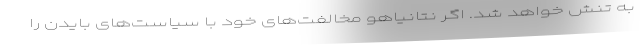
به تنش خواهد شد. اگر نتانیاهو مخالفت‌های خود با سیاست‌های بایدن را